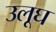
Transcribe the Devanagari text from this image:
उलूघ